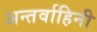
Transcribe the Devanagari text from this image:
अन्तर्वाहिनी